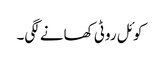
کوئل روٹی کھانے لگی۔